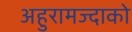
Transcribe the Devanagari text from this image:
अहुरामज्दाको